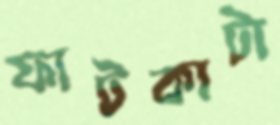
ফাটকাটা